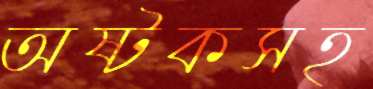
অষ্টকসহ